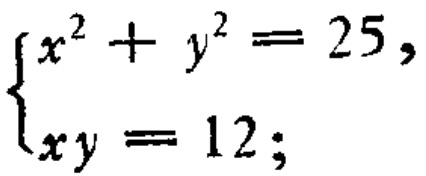
$\begin{cases}
x^{2}+y^{2}=25,\\
xy = 12;
\end{cases}$